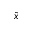
\tilde { x }